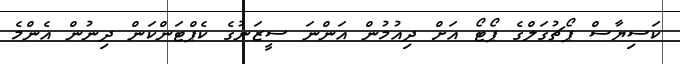
ކަސިޔާސް ޕޯޗުގަލްގެ ޕޯޓޯ އަށް ދިއުމުން އަންނަ ސީޒަނުގެ ކެޕްޓަންކަން ދިނުން އެންމެ